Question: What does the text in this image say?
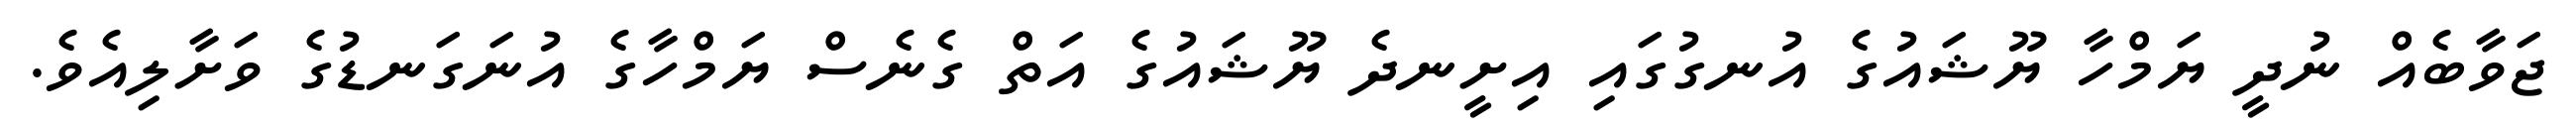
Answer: ޖަވާބެއް ނުދީ ޔަމްހާ ޔޫޝައުގެ އުނގުގައި އިށީނދެ ޔޫޝައުގެ އަތް ގެނެސް ޔަމްހާގެ އުނަގަނޑުގެ ވަށާލިއެވެ.